Report on vaccination proceedings throughout the Government of Bengal -
Year: 1868
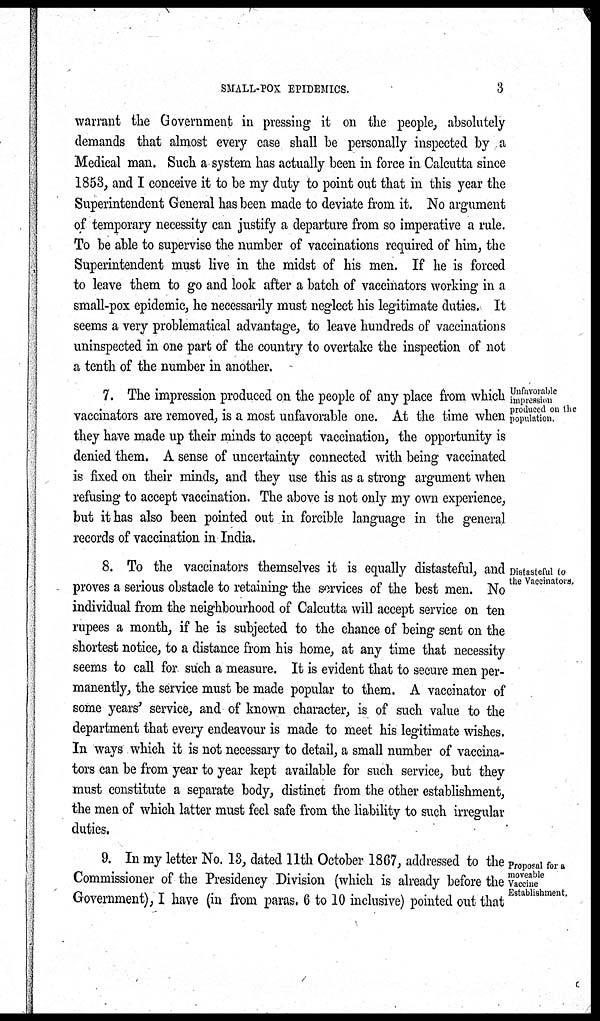
SMALL-POX EPIDEMICS.
3
warrant the Government in pressing it on the people, absolutely
demands that almost every case shall be personally inspected by a
Medical man. Such a system has actually been in force in Calcutta since
1853, and I conceive it to be my duty to point out that in this year the
Superintendent General has been made to deviate from it. No argument
of temporary necessity can justify a departure from so imperative a rule.
To be able to supervise the number of vaccinations required of him, the
Superintendent must live in the midst of his men. If he is forced
to leave them to go and look after a batch of vaccinators working in a
small-pox epidemic, he necessarily must neglect his legitimate duties. It
seems a very problematical advantage, to leave hundreds of vaccinations
uninspected in one part of the country to overtake the inspection of not
a tenth of the number in another.
Unfavorable
impression
produced on the
population.
7. The impression produced on the people of any place from which
vaccinators are removed, is a most unfavorable one. At the time when
they have made up their minds to accept vaccination, the opportunity is
denied them. A sense of uncertainty connected with being vaccinated
is fixed on their minds, and they use this as a strong argument when
refusing to accept vaccination. The above is not only my own experience,
but it has also been pointed out in forcible language in the general
records of vaccination in India.
Distasteful to
the Vaccinator.
8. To the vaccinators themselves it is equally distasteful, and
proves a serious obstacle to retaining the services of the best men. No
individual from the neighbourhood of Calcutta will accept service on ten
rupees a month, if he is subjected to the chance of being sent on the
shortest notice, to a distance from his home, at any time that necessity
seems to call for such a measure. It is evident that to secure men per-
manently, the service must be made popular to them. A vaccinator of
some years' service, and of known character, is of such value to the
department that every endeavour is made to meet his legitimate wishes.
In ways which it is not necessary to detail, a small number of vaccina-
tors can be from year to year kept available for such service, but they
must constitute a separate body, distinct from the other establishment,
the men of which latter must feel safe from the liability to such irregular
duties.
Proposal for a
moveable
Vaccine
Establishment.
9. In my letter No. 13, dated 11th October 1867, addressed to the
Commissioner of the Presidency Division (which is already before the
Government), I have (in from paras. 6 to 10 inclusive) pointed out that